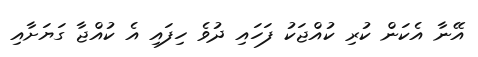
އޭނާ އެކަން ކުރި ކުއްޖަކު ފަހައި ދުވެ ހިފައި އެ ކުއްޖާ ގަޔަށާއި